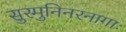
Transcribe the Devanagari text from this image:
सुरमुनिनरनागाः